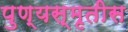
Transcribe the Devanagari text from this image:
पुण्यस्मृतीस